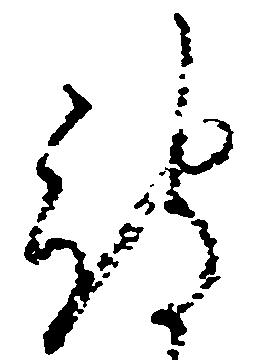
被